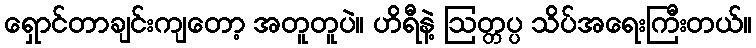
ရှောင်တာချင်းကျတော့ အတူတူပဲ။ ဟိရီနဲ့ ဩတ္တပ္ပ သိပ်အရေးကြီးတယ်။